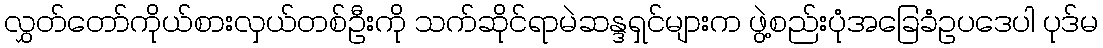
လွှတ်တော်ကိုယ်စားလှယ်တစ်ဦးကို သက်ဆိုင်ရာမဲဆန္ဒရှင်များက ဖွဲ့စည်းပုံအခြေခံဥပဒေပါ ပုဒ်မ